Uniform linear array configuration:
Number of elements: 24
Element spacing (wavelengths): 1
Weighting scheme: kaiser
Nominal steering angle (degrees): -60
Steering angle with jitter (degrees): -59.59
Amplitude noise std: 0.05
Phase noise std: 0.05

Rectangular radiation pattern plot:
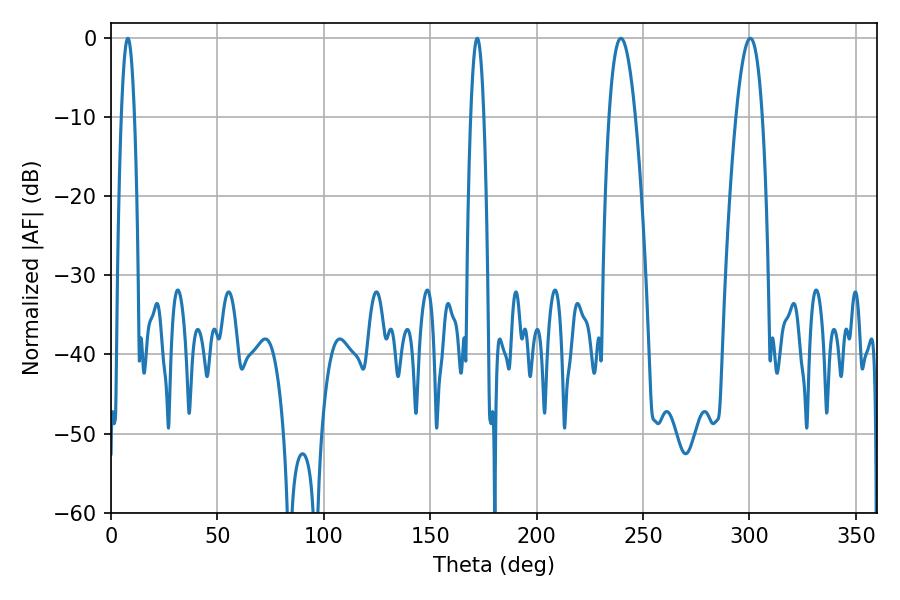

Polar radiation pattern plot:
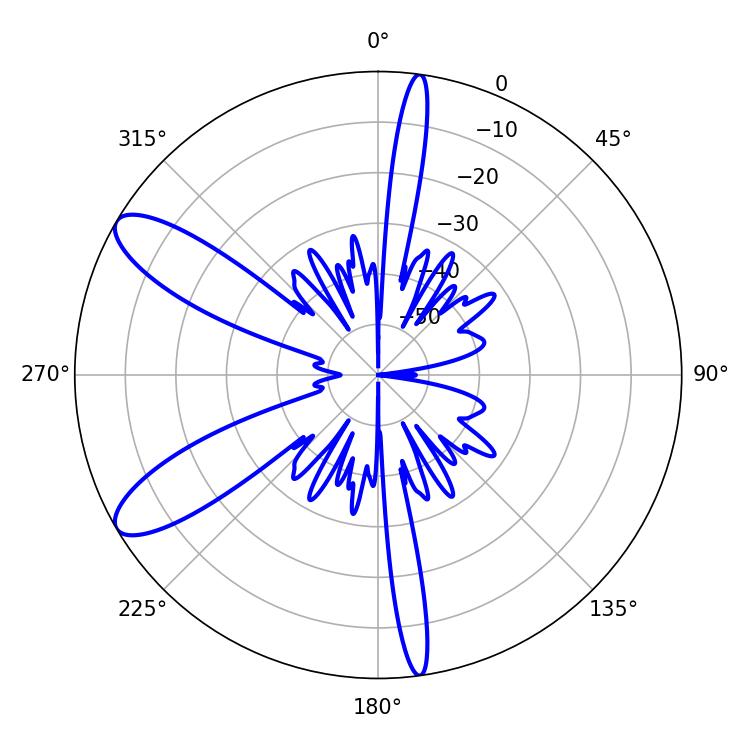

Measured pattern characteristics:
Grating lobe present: TRUE
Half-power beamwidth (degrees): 6.84
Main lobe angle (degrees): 239.58